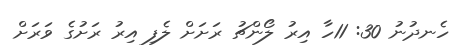
ހެނދުނު 30: 11ހާ އިރު ލޯންޗު ރަށަށް ލެފި އިރު ރަށުގެ ވަރަށް